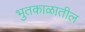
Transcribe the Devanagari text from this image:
भुतकाळातील